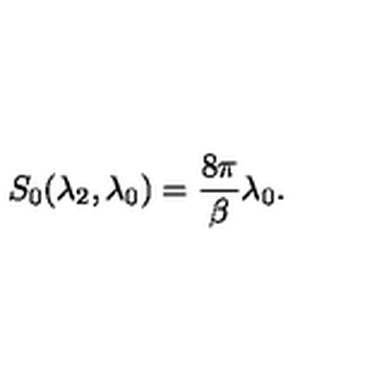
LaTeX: S _ { 0 } ( \lambda _ { 2 } , \lambda _ { 0 } ) = \frac { 8 \pi } { \beta } \lambda _ { 0 } .